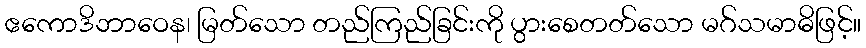
ဧကောဒိဘာဝေန၊ မြတ်သော တည်ကြည်ခြင်းကို ပွားစေတတ်သော မဂ်သမာဓိဖြင့်။